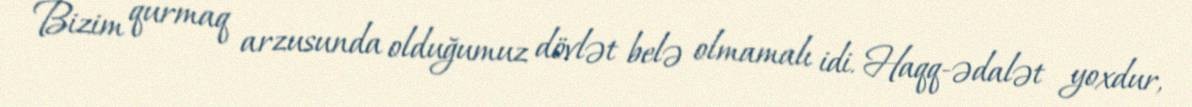
Bizim qurmaq arzusunda olduğumuz dövlət belə olmamalı idi. Haqq-ədalət yoxdur,